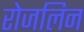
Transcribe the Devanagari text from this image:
रोजलिन